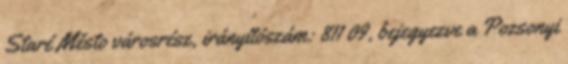
Staré Město városrész, irányítószám: 811 09, bejegyezve a Pozsonyi